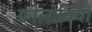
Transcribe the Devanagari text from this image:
कोलोनियों